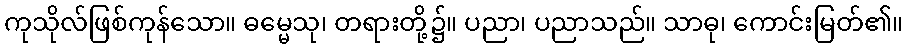
ကုသိုလ်ဖြစ်ကုန်သော။ ဓမ္မေသု၊ တရားတို့၌။ ပညာ၊ ပညာသည်။ သာဓု၊ ကောင်းမြတ်၏။